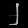
Digit: ၂